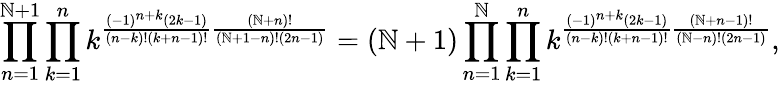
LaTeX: \prod_{n=1}^{\mathbb{N}+1}\prod_{k=1}^{n}k^{\frac{{\left(-1\right)^{n+k}\left(2k-1\right)}}{{\left(n-k\right)!\left(k+n-1\right)!}}\frac{{\left(\mathbb{N}+n\right)!}}{{\left(\mathbb{N}+1-n\right)!\left(2n-1\right)}}}=\left(\mathbb{N}+1\right)\prod_{n=1}^{\mathbb{N}}\prod_{k=1}^{n}k^{\frac{{\left(-1\right)^{n+k}\left(2k-1\right)}}{{\left(n-k\right)!\left(k+n-1\right)!}}\frac{{\left(\mathbb{N}+n-1\right)!}}{{\left(\mathbb{N}-n\right)!\left(2n-1\right)}}},